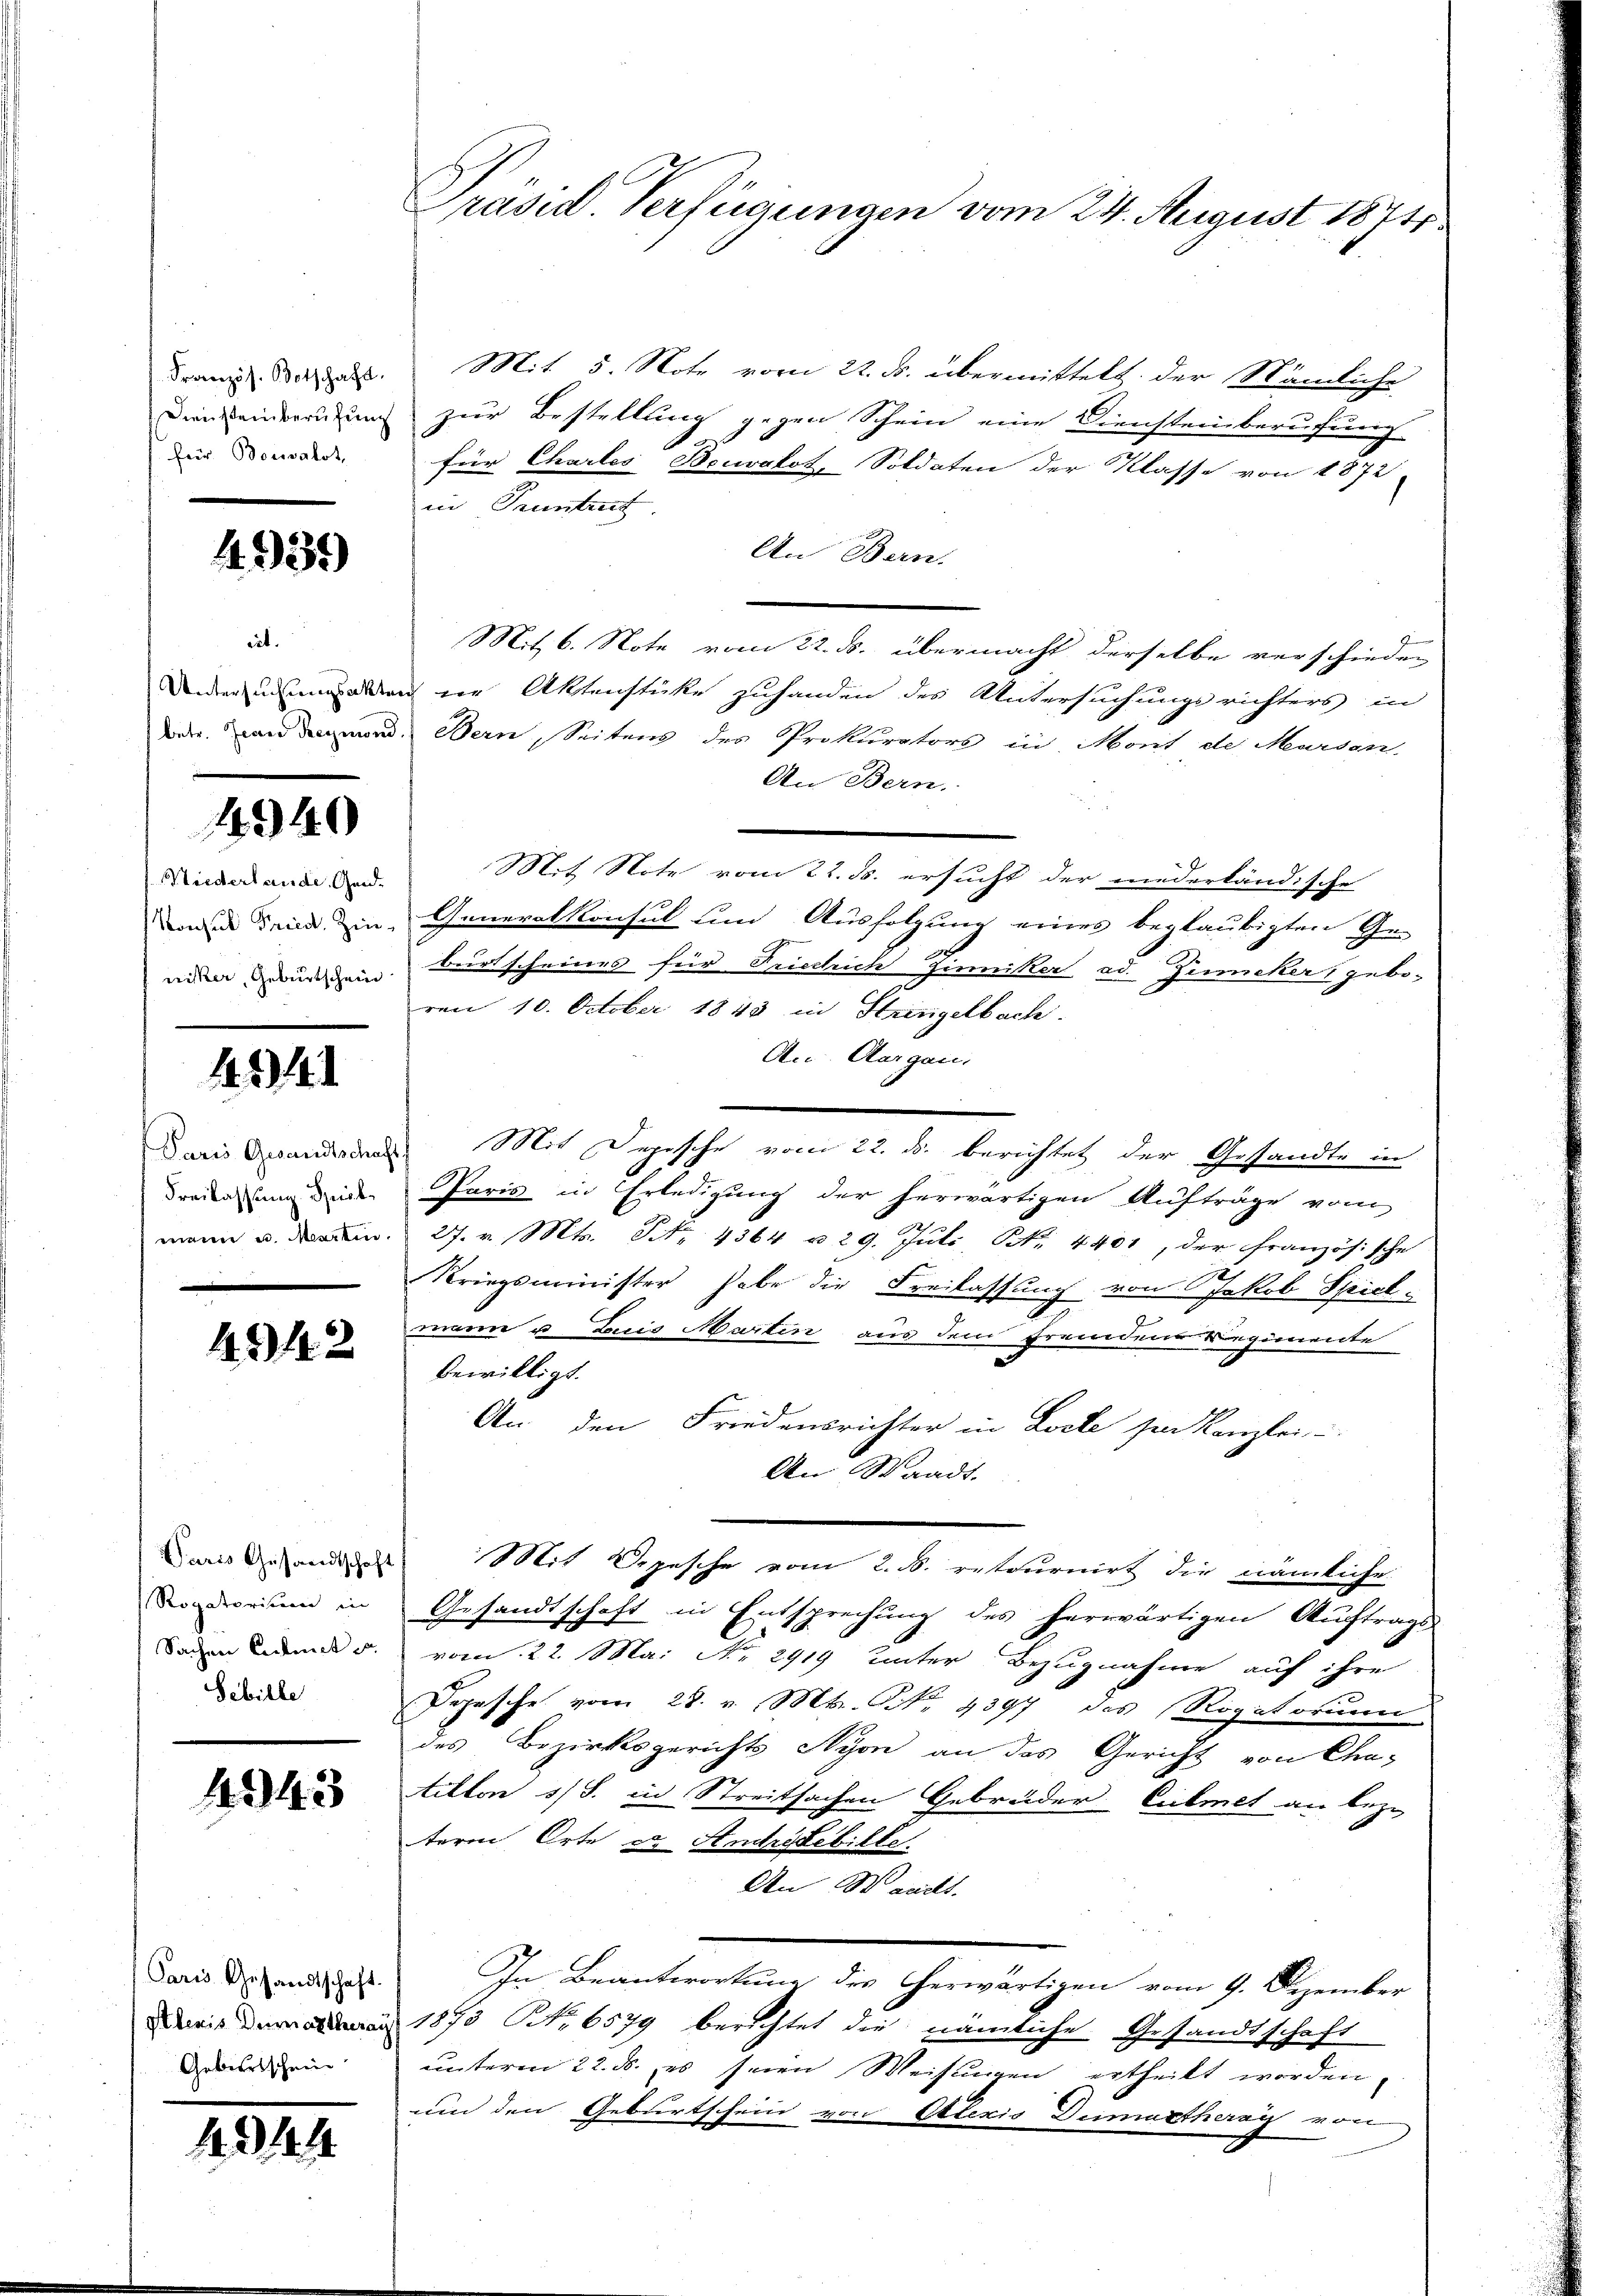
für Bouvalot,

1335)

iet.

1340

Niederlande Gend
nicker, Geburtschein

424

1342

Sebille

1243

Paris Gesandtschaft
Gebiertschein

4344

Franz. Statthalt. Mit 5. Note vom 22. F. übermittelt der Mämliche
Dieneinerendung zur Bestellung gegen Schein eine Diensteinberufung
E
für Chartes Beuvalot, Soldaten der Klasse von 1872
in Pruntrut
An Bern.
Mit 6. Note vom 22. ds. übermacht derselbe verschieden
Underzugeben in Aktenstücke zuhanden des Untersuchungsrichters in
date an demand. Bern, Seiten des Prokurators in Mont de Morden.
An Bern.
Mit Note vom 22. ds. ersucht der niederländische
ud denn in Generalkonsul um Ausfolgung eines beglaubigten Ge-
burtscheines für Prieslich zumitter od. Zucker, geboren 10. October 1843 in Stringelbach.
An Aargau,
Darin Brandenden Mit Depesche vom 22. d. berichtet der Gesandte in
dredung die Paris in Erledigung der herwärtigen Aufträge vom
mann u. in 27. v. Mts. Nr. 4364 u. 29. Juli, Nr. 4401, der französische
Kriegsminister habe die Freilassung von Jakob Spiel-
mann u. Luis Martin aus dem Fremdene regimente
bewilligt.
An den Friedensrichter in Locke sei Kanzlei-
An Waadt.
Daris Gesandtes Mit Depesche vom 2. d. retournirt die nämliche
do der einen in Gesandtschaft in Entsprechung des herwärtigen Auftrags-
Saden am 5. vom 22. Mai Nr. 2919 unter Bezugnahme auf ihre
Depesche vom 28. v. Mts. No 1397 des Rogatorium
des Bezirksgerichts Nyon an das Gericht von Cha-
tilton 1/3. in Streitsachen Gebrüder Culmet an bezi
term Orte es Andrätebille.
An Wanitt.
In Beantwortung des herwärtigen vom 9. Dezember
i 1873 NNo. 6579 berichtet die nämliche Gesandtschaft
unterm 22. ds. es seine Weisungen ertheilt worden.
und den Geburtschein von Otteris Dumasthaag von

Präsid. Verfügungen vom 24. August 1874.